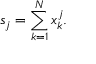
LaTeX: s _ { j } = \sum _ { k = 1 } ^ { N } { x _ { k } ^ { j } } .